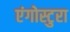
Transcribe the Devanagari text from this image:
एंगोस्टुरा